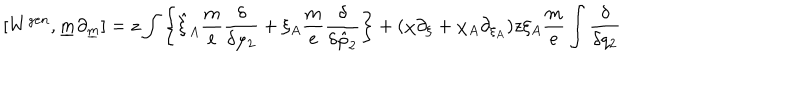
[ W ^ { g e n } , \underline { { { m } } } \partial _ { \underline { { { m } } } } ] = z \int \left\{ \hat { \xi } _ { A } \frac { m } { e } \frac { \delta } { \delta \varphi _ { 2 } } + \xi _ { A } \frac { m } { e } \frac { \delta } { \delta \hat { \varphi } _ { 2 } } \right\} + ( \chi \partial _ { \xi } + \chi _ { A } \partial _ { \xi _ { A } } ) z \xi _ { A } \frac { m } { e } \int \frac { \delta } { \delta q _ { 2 } }